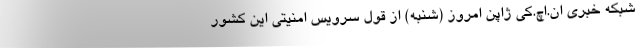
شبکه خبری ان.اچ.کی ژاپن امروز (شنبه) از قول سرویس امنیتی این کشور